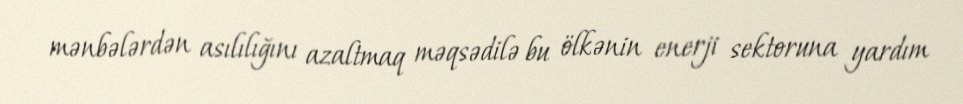
mənbələrdən asılılığını azaltmaq məqsədilə bu ölkənin enerji sektoruna yardım